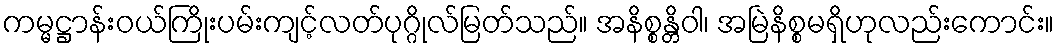
ကမ္မဋ္ဌာန်းဝယ်ကြိုးပမ်းကျင့်လတ်ပုဂ္ဂိုလ်မြတ်သည်။ အနိစ္စန္တိဝါ၊ အမြဲနိစ္စမရှိဟုလည်းကောင်း။